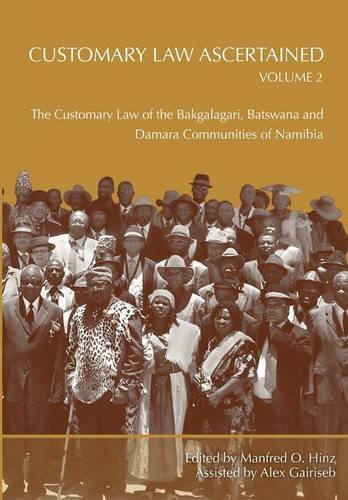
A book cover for Customary Law Ascertained Volume 2. The Customary Law of the Bakgalagari, Batswana and Damara Communities of Namibia; Law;